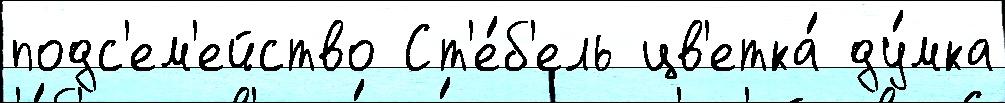
подс'ем'ейство Ст'е́б'ель цв'етка́ ду́мка